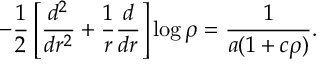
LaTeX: - \frac 1 2 \left[ \frac { d ^ { 2 } } { d r ^ { 2 } } + \frac 1 r \frac d { d r } \right] \log \rho = \frac 1 { a ( 1 + c \rho ) } .